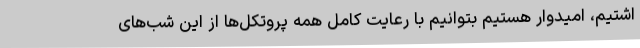
اشتیم، امیدوار هستیم بتوانیم با رعایت کامل همه پروتکل‌ها از این شب‌های